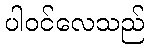
ပါဝင်လေသည်